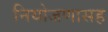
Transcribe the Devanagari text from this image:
नियोजणासह